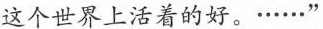
这个世界上活着的好。······”